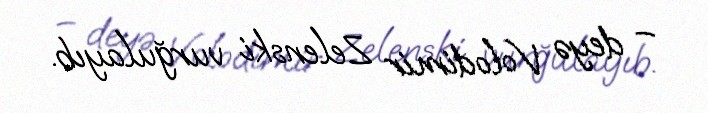
– deyə Volodimir Zelenski vurğulayıb.